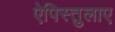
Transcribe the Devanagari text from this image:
ऐपिस्तुलाए